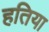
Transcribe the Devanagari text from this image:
हतिया